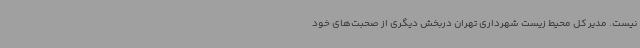
نیست. مدیر کل محیط زیست شهرداری تهران دربخش دیگری از صحبت‌های خود